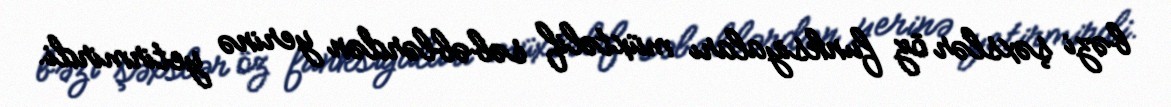
bəzi şəxslər öz funksiyaları müxtəlif səbəblərdən yerinə yetirmirdi.